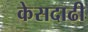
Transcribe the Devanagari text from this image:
केसदाढी